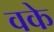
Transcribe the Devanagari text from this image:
वके